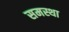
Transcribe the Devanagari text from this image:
समस्था